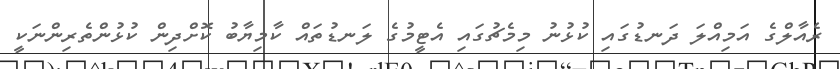
ރެއާލްގެ އަމިއްލަ ދަނޑުގައި ކުޅުނު މިމެޗުގައި އެޓީމުގެ ލަނޑުތައް ކާމިޔާބު ކޮށްދިން ކުޅުންތެރިންނަކީ